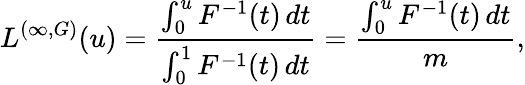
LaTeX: L^{(\infty,G)}(u)=\frac{\int_{0}^{u}{F^{-1}(t)\, dt}}{\int_{0}^{1}{F^{-1}(t)\, dt}}=\frac{\int_{0}^{u}{F^{-1}(t)\, dt}}{m},